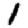
Digit: 1